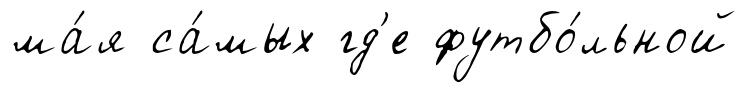
ма́я са́мых гд'е футбо́льной